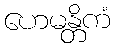
ဟေမန္တိကံ